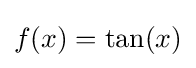
f(x)=\tan(x)